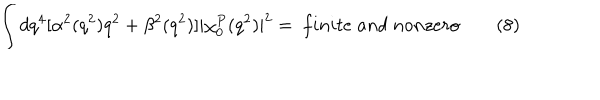
\int d q ^ { 4 } [ \alpha ^ { 2 } ( q ^ { 2 } ) q ^ { 2 } + \beta ^ { 2 } ( q ^ { 2 } ) ] | \chi _ { 0 } ^ { P } ( q ^ { 2 } ) | ^ { 2 } = ~ f i n i t e \; a n d \; n o n z e r o \qquad ( 8 )